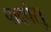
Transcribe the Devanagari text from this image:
पादपंसु